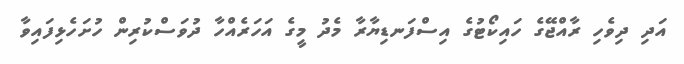
އަދި ދިވެހި ރާއްޖޭގެ ހައިކޯޓުގެ އިސްފަނޑިޔާރާ މެދު މީގެ އަހަރެއްހާ ދުވަސްކުރިން ހުށަހެޅިފައިވާ